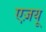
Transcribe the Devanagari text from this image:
एज़यू